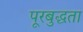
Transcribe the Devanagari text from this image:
पूरबुद्धता